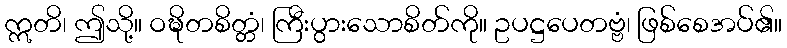
ဣတိ၊ ဤသို့။ ဝဍ္ဎိတစိတ္တံ၊ ကြီးပွားသောစိတ်ကို။ ဥပဋ္ဌပေတဗ္ဗံ၊ ဖြစ်စေအပ်၏။